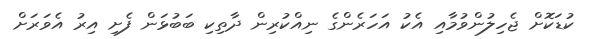
ކުޑަކޮށް ޖެހިލުންވުމާއި އެކު އަހަރެންގެ ނިއްކުރިން ދާތިކި ބަބުޅަން ފެށި އިރު އެވަރަށް